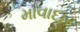
માવાદાર